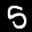
Label: 5